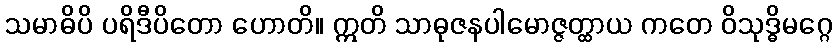
သမာဓိပိ ပရိဒီပိတော ဟောတိ။ ဣတိ သာဓုဇနပါမောဇ္ဇတ္ထာယ ကတေ ဝိသုဒ္ဓိမဂ္ဂေ